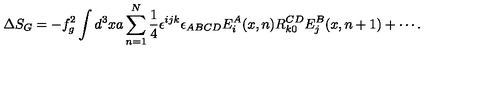
\Delta S _ { G } = - f _ { g } ^ { 2 } \int d ^ { 3 } x a \sum _ { n = 1 } ^ { N } \frac { 1 } { 4 } \epsilon ^ { i j k } \epsilon _ { A B C D } E _ { i } ^ { A } ( x , n ) R _ { k 0 } ^ { C D } E _ { j } ^ { B } ( x , n + 1 ) + \cdots .